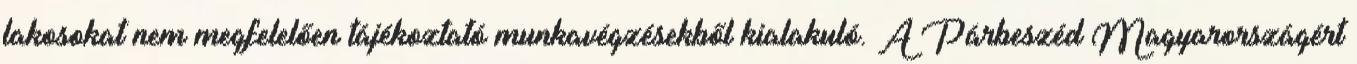
lakosokat nem megfelelően tájékoztató munkavégzésekből kialakuló. A Párbeszéd Magyarországért